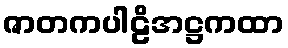
ဇာတကပါဠိအဋ္ဌကထာ